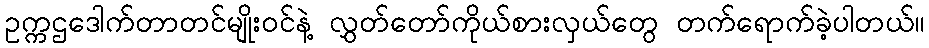
ဥက္ကဌဒေါက်တာတင်မျိုးဝင်နဲ့ လွှတ်တော်ကိုယ်စားလှယ်တွေ တက်ရောက်ခဲ့ပါတယ်။